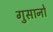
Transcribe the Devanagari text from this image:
गुसानो